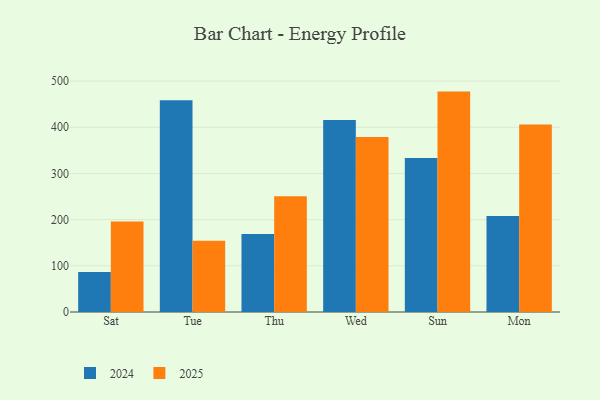
{"axis": {"x": "Day", "y": "Page Views"}, "legend": ["2024", "2025"], "data": [{"x": "Sat", "y": 86.6, "type": "2024"}, {"x": "Sat", "y": 196.1, "type": "2025"}, {"x": "Tue", "y": 458.6, "type": "2024"}, {"x": "Tue", "y": 154.2, "type": "2025"}, {"x": "Thu", "y": 168.7, "type": "2024"}, {"x": "Thu", "y": 250.9, "type": "2025"}, {"x": "Wed", "y": 415.6, "type": "2024"}, {"x": "Wed", "y": 379.0, "type": "2025"}, {"x": "Sun", "y": 333.6, "type": "2024"}, {"x": "Sun", "y": 477.3, "type": "2025"}, {"x": "Mon", "y": 207.9, "type": "2024"}, {"x": "Mon", "y": 406.2, "type": "2025"}]}